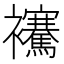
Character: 𧟑